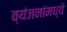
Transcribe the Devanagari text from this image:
व्यंजनांमध्ये